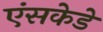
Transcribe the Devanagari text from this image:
एंसकेडे